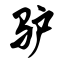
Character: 驴